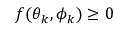
f ( \theta _ { k } , \phi _ { k } ) \ge 0